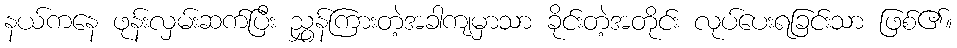
နယ်ကနေ ဖုန်းလှမ်းဆက်ပြီး ညွှန်ကြားတဲ့အခါကျမှာသာ ခိုင်းတဲ့အတိုင်း လုပ်ပေးရခြင်းသာ ဖြစ်၏။